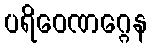
ပရိဝေဏဂ္ဂေန